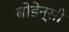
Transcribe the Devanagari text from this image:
बोडेन्सी